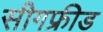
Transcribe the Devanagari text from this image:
सीगफ्रीड